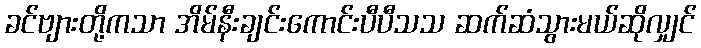
ခင်ဗျားတို့ကသာ အိမ်နီးချင်းကောင်းပီပီသသ ဆက်ဆံသွားမယ်ဆိုလျှင်